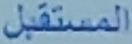
المستقبل